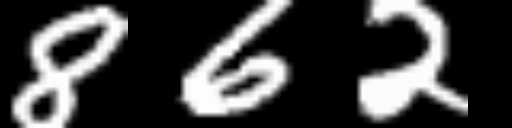
Text: 862